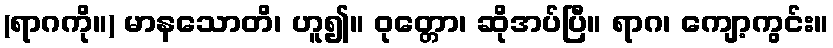
(ရာဂကို။) မာနသောတိ၊ ဟူ၍။ ဝုတ္တော၊ ဆိုအပ်ပြီ။ ရာဂ၊ ကျော့ကွင်း။